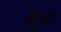
ફૂટ